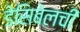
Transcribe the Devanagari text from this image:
डेसिबेलची